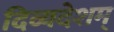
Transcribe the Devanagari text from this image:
दिव्यदेशम्